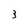
Character: 3